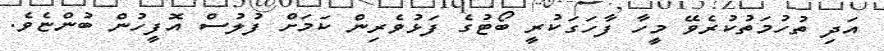
އަދި ތުހުމަތުކުރެވޭ މީހާ ފާހަގަކުރީ ބޯޓުގެ ފަޅުވެރިން ކަމަށް ފުލުސް އޮފީހުން ބުންޏެވެ.